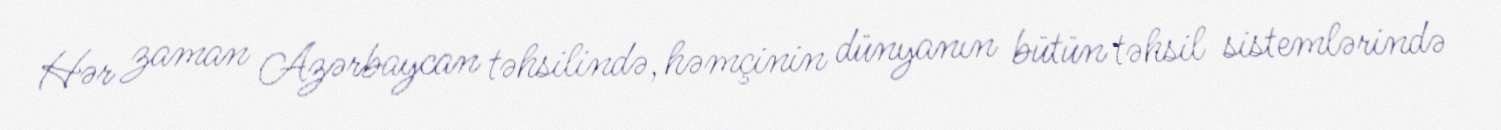
Hər zaman Azərbaycan təhsilində, həmçinin dünyanın bütün təhsil sistemlərində